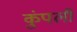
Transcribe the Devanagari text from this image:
कुंपली